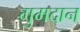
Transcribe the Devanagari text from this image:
गुमदान